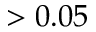
> 0 . 0 5